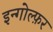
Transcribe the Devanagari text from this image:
इन्गोल्फ़र